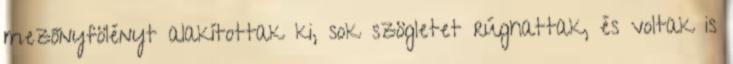
mezőnyfölényt alakítottak ki, sok szögletet rúghattak, és voltak is